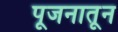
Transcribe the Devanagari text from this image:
पूजनातून